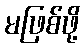
မဖြစ်ဖို့